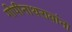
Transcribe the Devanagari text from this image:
गोपीनाथरावांना